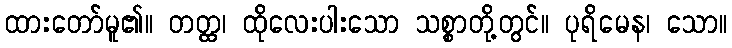
ထားတော်မူ၏။ တတ္ထ၊ ထိုလေးပါးသော သစ္စာတို့တွင်။ ပုရိမေန၊ သော။